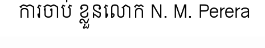
ការចាប់ ខ្លួនលោក N. M. Perera